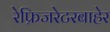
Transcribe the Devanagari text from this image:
रेफ्रिजरेटरबाहेर